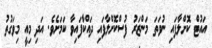
އައުޓް ކޮށްލާފައި ނުވަތަ މަންޒަރު ފުސްކޮށްލާފައި ދައްކާފައިވާ ކަމަށެވެ. އަދި މިއީ މިވަގުތު